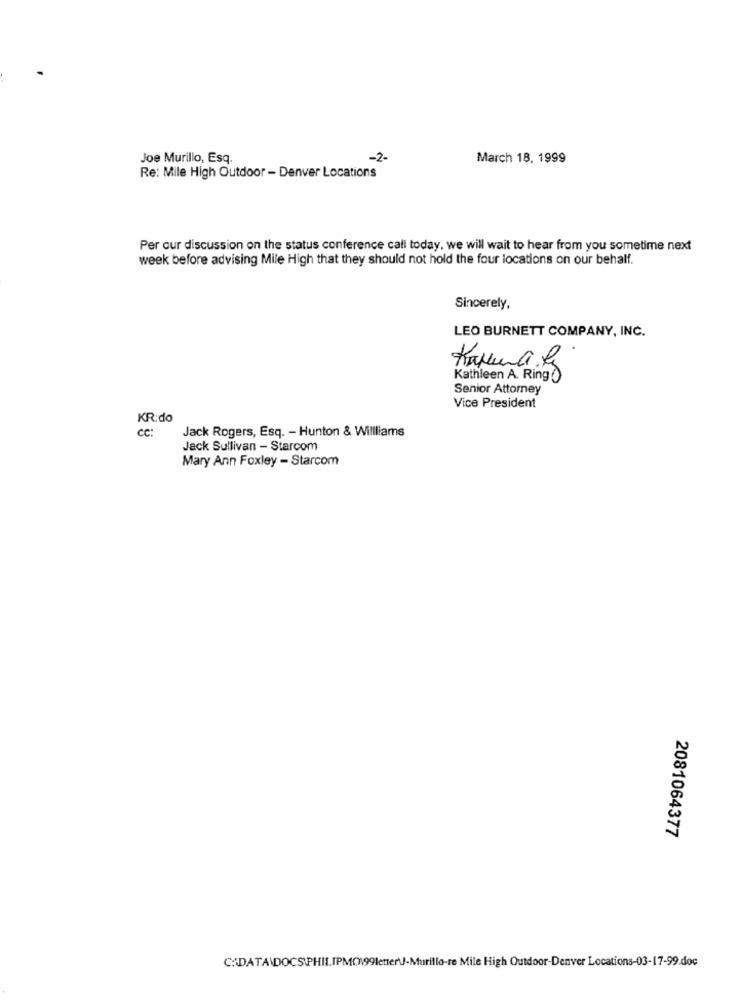
Joe Murillo, Esq.
-2-
March 18, 1999
Re: Mile High Outdoor - Denver Locations
Per our discussion on the status conference call today, we will wait to hear from you sometime next
week before advising Mile High that they should not hold the four locations on our behalf.
Sincerely,
LEO BURNETT COMPANY, INC.
Kathleen A. Ring
Senior Attorney
Vice President
KR:do
cc :
Jack Rogers, Esq. - Hunton & Willliams
Jack Sullivan - Starcom
Mary Ann Foxley - Starcom
2081064377
C:\DATA\DOCSPHILIPMO199letter-Murillo-re Mile High Outdoor-Denver Locations-03-17-99.doc